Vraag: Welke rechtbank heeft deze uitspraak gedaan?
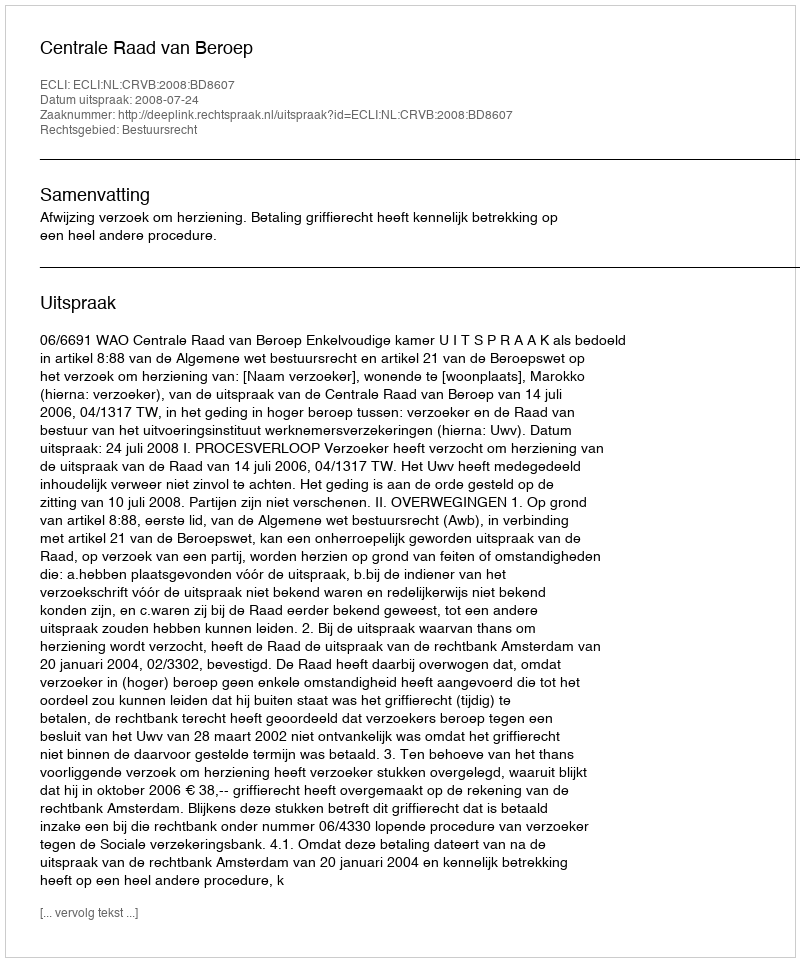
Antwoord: Centrale Raad van Beroep